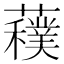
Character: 𱾾